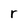
Character: r